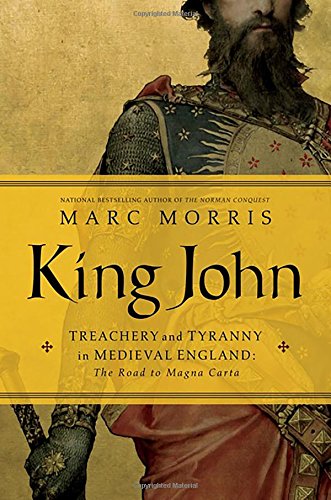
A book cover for King John: Treachery and Tyranny in Medieval England: The Road to Magna Carta; Marc Morris; Biographies & Memoirs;